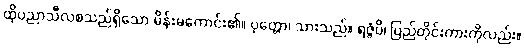
ထိုပညာသီလစသည်ရှိသော မိန်းမကောင်း၏။ ပုတ္တော၊ သားသည်။ ရဇ္ဇံပိ၊ ပြည်တိုင်းကားကိုလည်း။